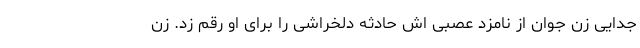
جدایی زن جوان از نامزد عصبی اش حادثه دلخراشی را برای او رقم زد. زن